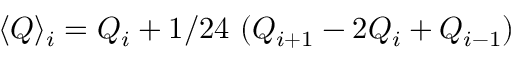
\langle Q \rangle _ { i } = Q _ { i } + 1 / 2 4 \, \, ( Q _ { i + 1 } - 2 Q _ { i } + Q _ { i - 1 } )